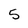
Character: 5